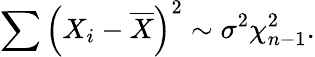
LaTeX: \sum\left(X_{i}-{\overline{{X}}}\right)^{2}\sim\sigma^{2}\chi_{n-1}^{2}.